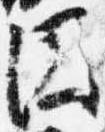
円